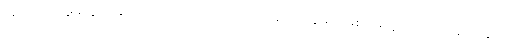
အသေးအဖွဲတွေပဲဖြစ်ပါတယ်၊ စကားပြောတဲ့အခန်းတွေမှာ ပါးစပ်မလှုပ်တာကနေ တွေမှာ